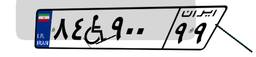
۸۴W۹۰۰۹۹